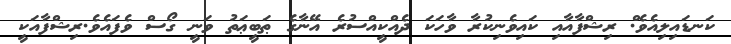
ކަނޑައިލިއެވެ.ް ރިޝްފާއާއި ކައިވެނިކުރާ ވާހަކަ ދެެއްކީއްސުރެ އޭނާގެ ޠަބީޢަތު ވަނީ ގޯސް ވެފައެވެ.ރިޝްފާއަކީ